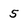
Character: 5